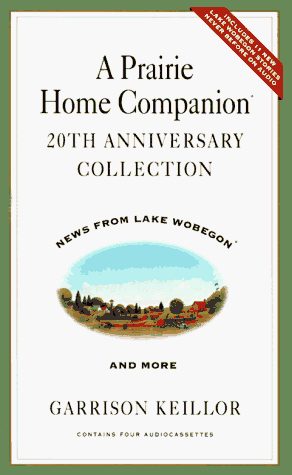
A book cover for A Prairie Home Companion 20th Anniversary (Lake Wobegon); Garrison Keillor; Humor & Entertainment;